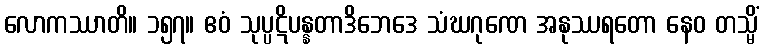
လောကဿာတိ။ ၁၅၇။ ဧဝံ သုပ္ပဋိပန္နတာဒိဘေဒေ သံဃဂုဏေ အနုဿရတော နေဝ တသ္မိံ